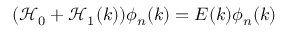
( \mathcal { H } _ { 0 } + \mathcal { H } _ { 1 } ( k ) ) \phi _ { n } ( k ) = E ( k ) \phi _ { n } ( k )